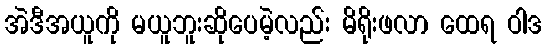
အဲဒီအယူကို မယူဘူးဆိုပေမဲ့လည်း မိရိုးဖလာ ထေရ ဝါဒ